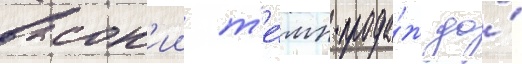
высок'ии т'е́мп прода́ж до́